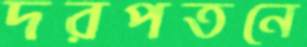
দরপতনে